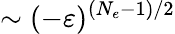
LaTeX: \sim(-\varepsilon)^{(N_{e}-1)/2}